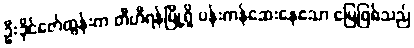
ဦးခိုင်ဇော်ထွန်းက တီဟီရန်မြို့ရှိ ပန်းကန်ဆေးနေသော မြေဖြစ်သည်